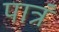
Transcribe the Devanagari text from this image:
पात्रं